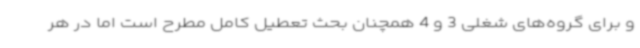
و برای گروه‌های شغلی 3 و 4 همچنان بحث تعطیل کامل مطرح است اما در هر